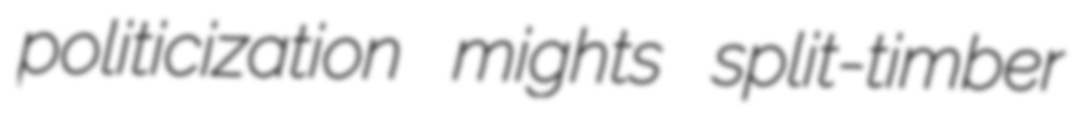
politicization mights split-timber